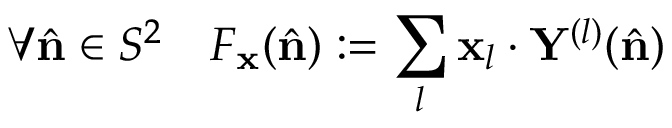
\forall \hat { \mathbf { n } } \in S ^ { 2 } \quad F _ { \mathbf { x } } ( \hat { \mathbf { n } } ) : = \sum _ { l } \mathbf { x } _ { l } \cdot \mathbf { Y } ^ { ( l ) } ( \hat { \mathbf { n } } )